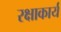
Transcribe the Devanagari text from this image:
रक्षाकार्य